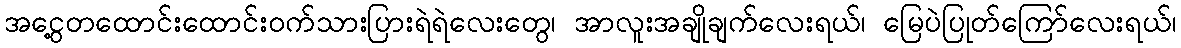
အငွေ့တထောင်းထောင်းဝက်သားပြားရဲရဲလေးတွေ၊ အာလူးအချိုချက်လေးရယ်၊ မြေပဲပြုတ်ကြော်လေးရယ်၊